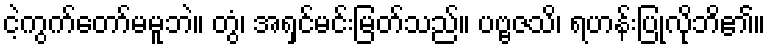
ငဲ့ကွက်တော်မမူဘဲ။ တွံ၊ အရှင်မင်းမြတ်သည်။ ပဗ္ဗဇသိ၊ ရဟန်းပြုလိုဘိ၏။